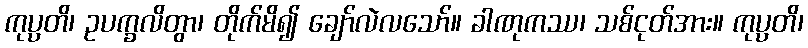
ကုပ္ပတိ၊ ဥပက္ခလိတွာ၊ တိုက်မိ၍ ချော်လဲလသော်။ ခါဏုကဿ၊ သစ်ငုတ်အား။ ကုပ္ပတိ၊